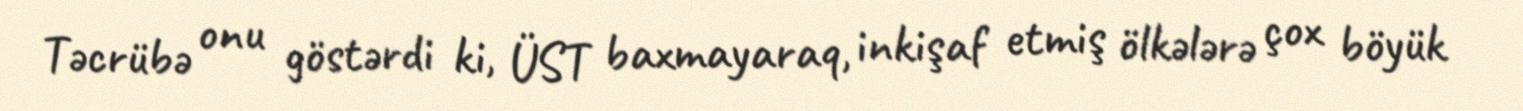
Təcrübə onu göstərdi ki, ÜST baxmayaraq, inkişaf etmiş ölkələrə çox böyük